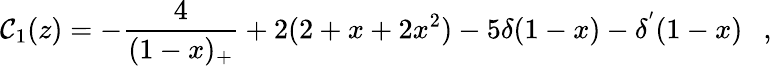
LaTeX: \mathcal{C}_{1}(z)=-\frac{{4}}{{(1-x)_{+}}}+2(2+x+2x^{2})-5\delta(1-x)-\delta^{'}(1-x)~~~,